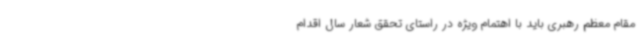
مقام معظم رهبری باید با اهتمام ویژه در راستای تحقق شعار سال اقدام